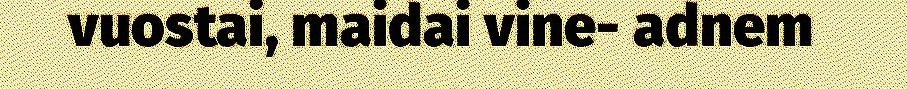
vuostai, maidai vine- adnem